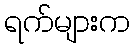
ရက်များက